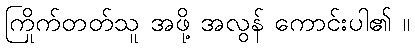
ကြိုက်တတ်သူ အဖို့ အလွန် ကောင်းပါ၏ ။